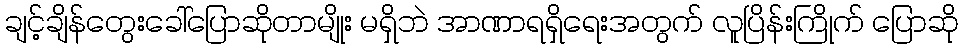
ချင့်ချိန်တွေးခေါ်ပြောဆိုတာမျိုး မရှိဘဲ အာဏာရရှိရေးအတွက် လူပြိန်းကြိုက် ပြောဆို